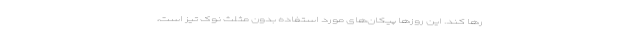
رها کند. این روز‌ها پیکان‌های مورد استفاده بدون مثلث نوک تیز است،